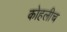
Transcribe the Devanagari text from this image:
कोहलीच